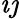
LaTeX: \imath\jmath